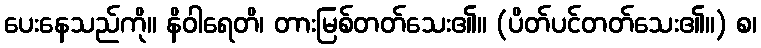
ပေးနေသည်ကို။ နိဝါရေတိ၊ တားမြစ်တတ်သေး၏။ (ပိတ်ပင်တတ်သေး၏။) စ၊